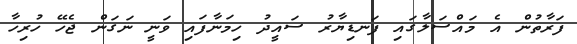
ފަރާތުން އެ މައްސަލާގައި ފަނޑިޔާރު ސައީދު ހިމަނާފައި ވަނީ ނަގަން ޖެހޭ ހުރިހާ